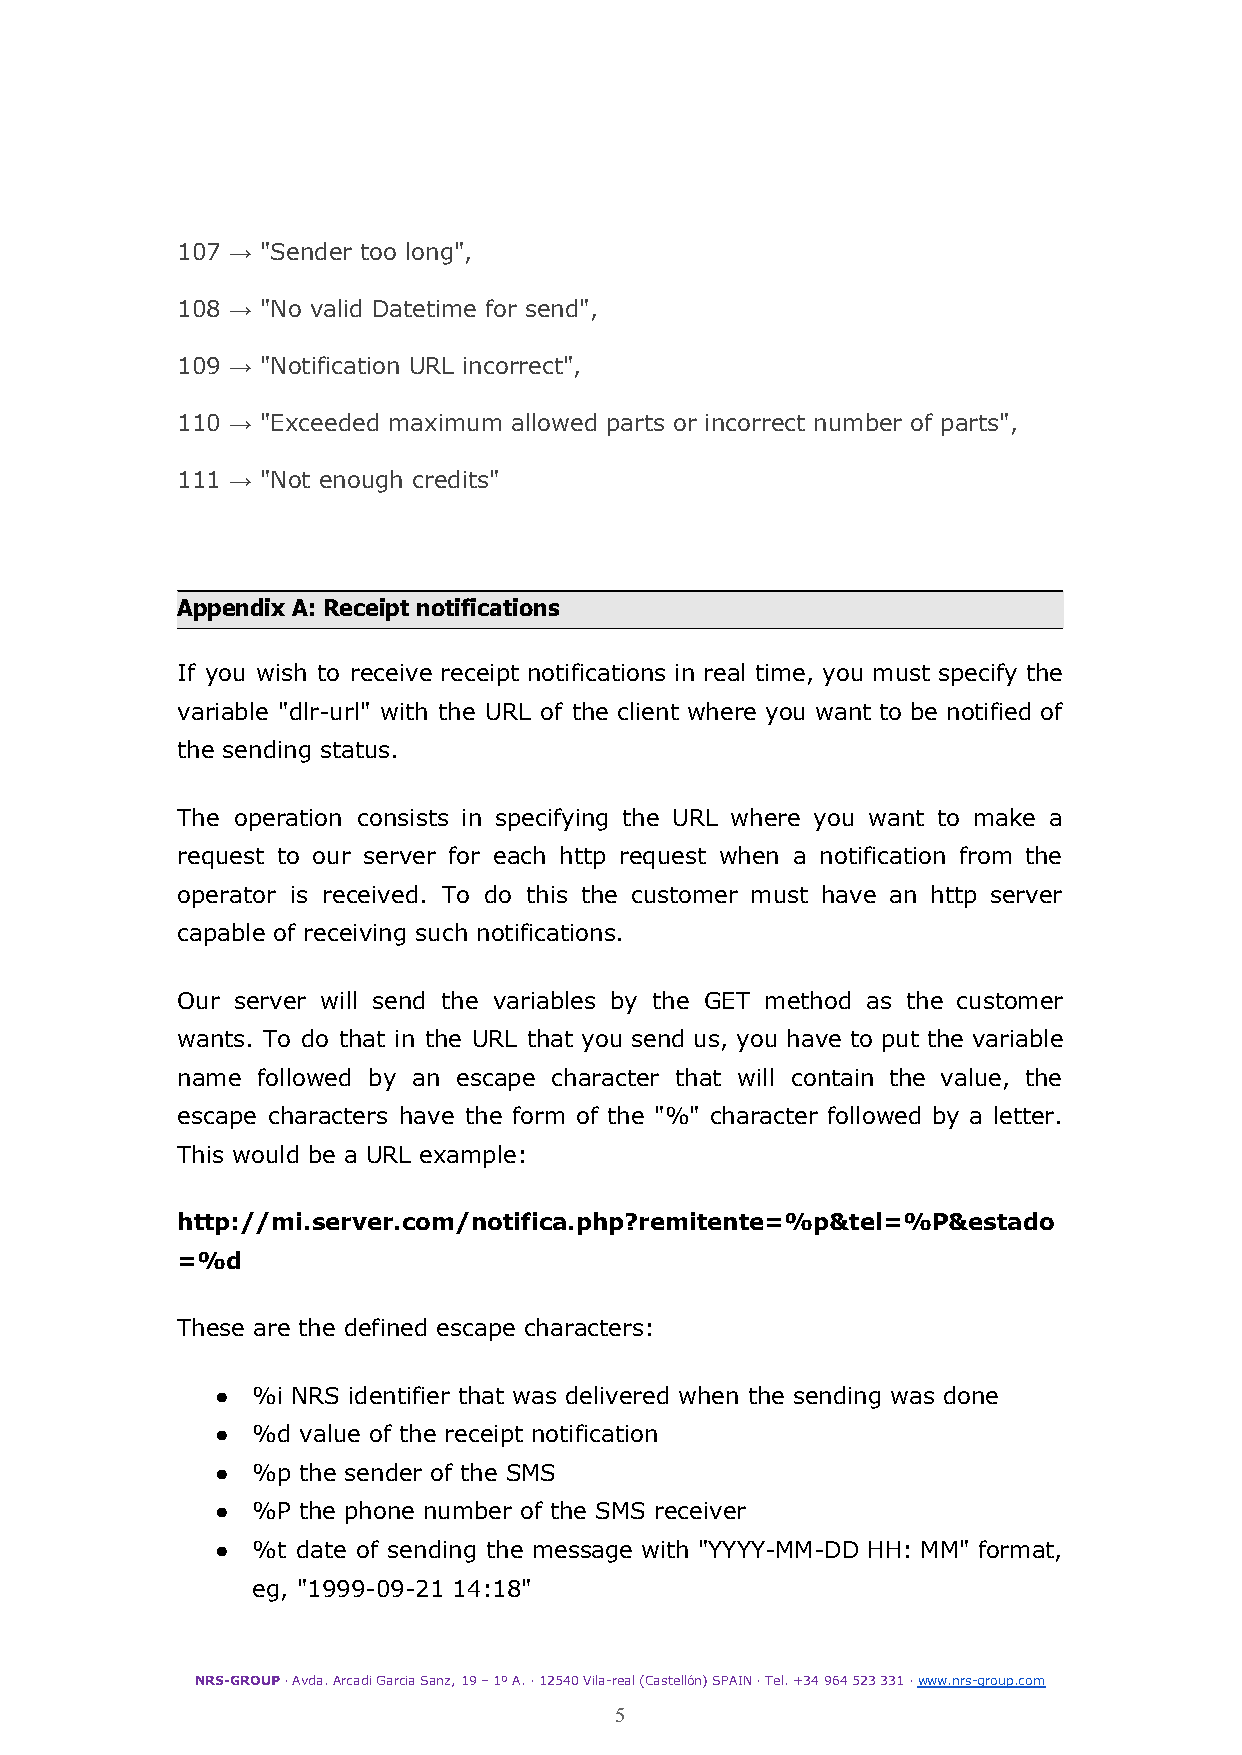
107 → "Sender too long",
 108 → "No valid Datetime for send",
 109 → "Notification URL incorrect",
 110 → "Exceeded maximum allowed parts or incorrect number of parts",
 111 → "Not enough credits"
 Appendix A: Receipt notifications
 If you wish to receive receipt notifications in real time, you must specify the
 variable "dlr-url" with the URL of the client where you want to be notified of
 the sending status.
 The operation consists in specifying the URL where you want to make a
 request to our server for each http request when a notification from the
 operator is received. To do this the customer must have an http server
 capable of receiving such notifications.
 Our server will send the variables by the GET method as the customer
 wants. To do that in the URL that you send us, you have to put the variable
 name followed by an escape character that will contain the value, the
 escape characters have the form of the "%" character followed by a letter.
 This would be a URL example:
 http://mi.server.com/notifica.php?remitente=%p&tel=%P&estado
 =%d
 These are the defined escape characters:
 ●  %i NRS identifier that was delivered when the sending was done
 ●  %d value of the receipt notification
 ●  %p the sender of the SMS
 ●  %P the phone number of the SMS receiver
 ●  %t date of sending the message with "YYYY-MM-DD HH: MM" format,
 eg, "1999-09-21 14:18"
 NRS-GROUP· Avda. Arcadi Garcia Sanz, 19 – 1º A. ·12540 Vila-real (Castellón) SPAIN · Tel. +34 964523 331 ·www.nrs-group.com
 5